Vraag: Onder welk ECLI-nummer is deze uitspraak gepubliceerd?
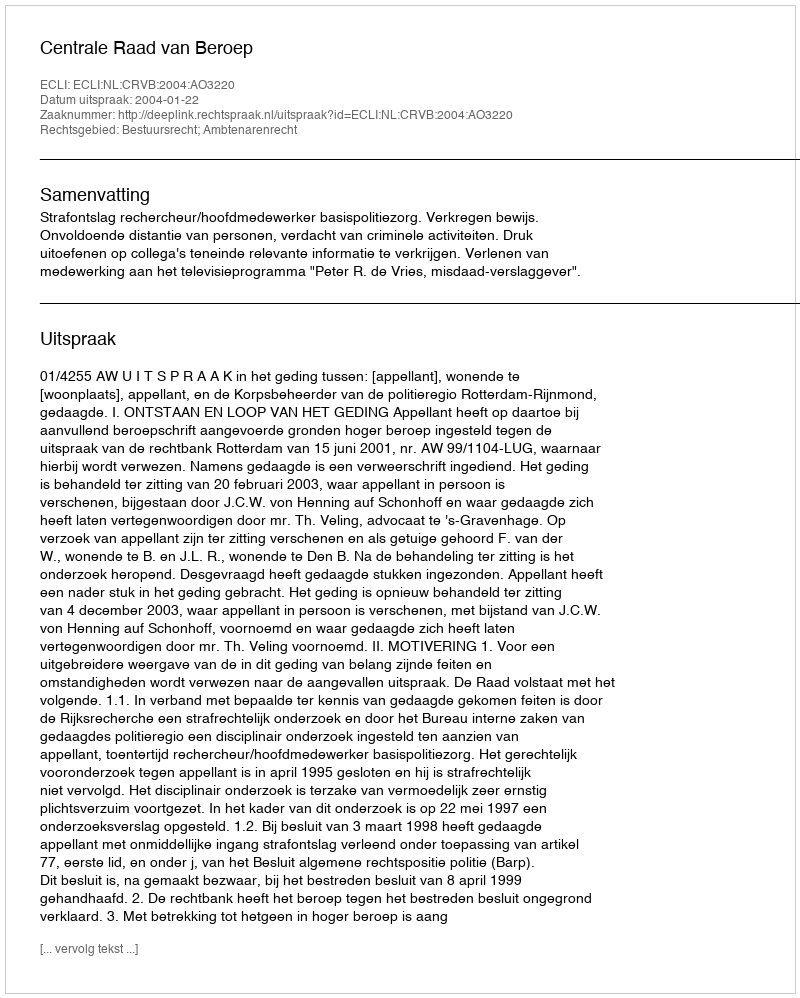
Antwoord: ECLI:NL:CRVB:2004:AO3220